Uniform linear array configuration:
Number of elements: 48
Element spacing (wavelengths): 0.75
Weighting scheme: kaiser
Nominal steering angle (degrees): -60
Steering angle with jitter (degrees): -59.542
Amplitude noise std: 0.05
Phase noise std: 0.05

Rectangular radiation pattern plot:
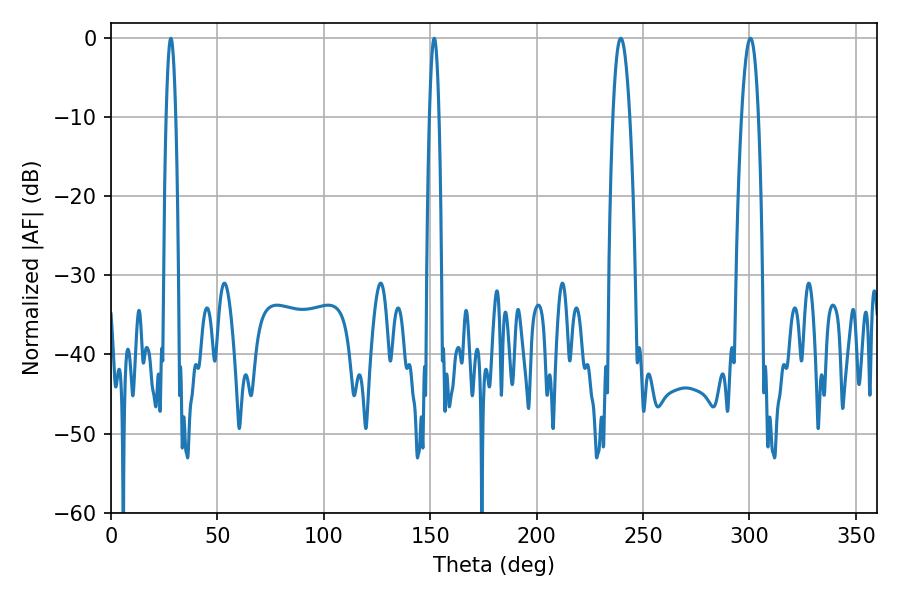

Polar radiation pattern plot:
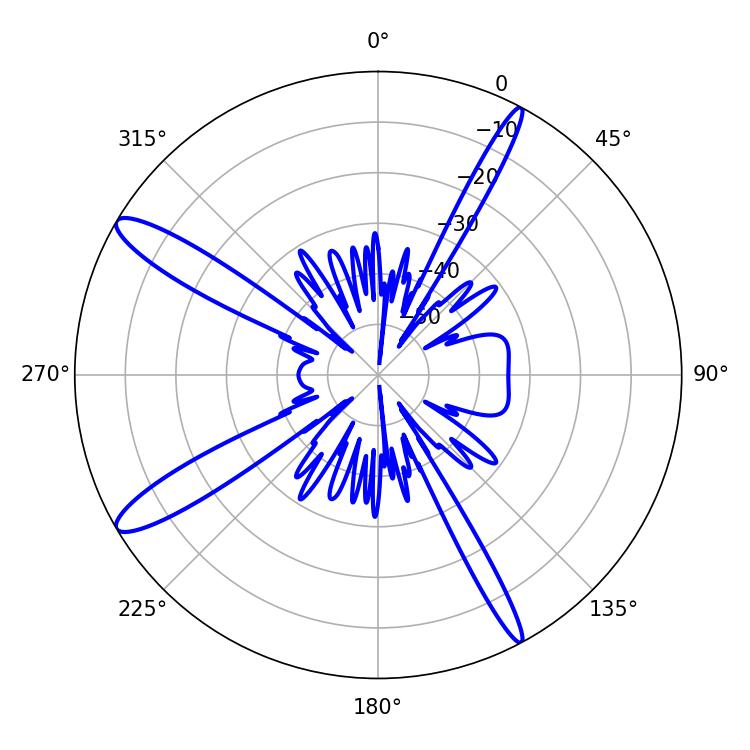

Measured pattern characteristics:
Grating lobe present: TRUE
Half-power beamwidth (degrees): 4.32
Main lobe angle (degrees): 300.42